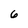
Character: 6